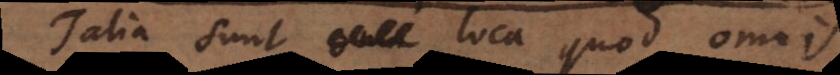
Talia sunt loca quod omnis